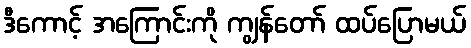
ဒီကောင့် အကြောင်းကို ကျွန်တော် ထပ်ပြောမယ်